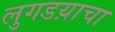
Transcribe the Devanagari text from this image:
लुगडय़ाचा